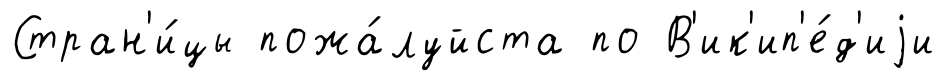
Стран'и́цы пожа́луйста по В'ик'ип'е́д'иjи